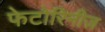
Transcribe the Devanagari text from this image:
फेटोरिनीज़